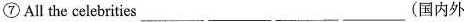
⑦ All the celebrities___ ___ ___(国内外